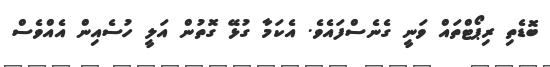
ބޮޑެތި ރިޕޯޓްތައް ވަނީ ގެނެސްފައެވެ. އެކަމާ ގުޅޭ ގޮތުން އަލީ ހުސެއިން އެއްވެސް